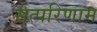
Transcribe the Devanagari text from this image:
सत्परिणाम